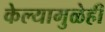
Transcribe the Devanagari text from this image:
केल्यामुळेही